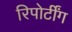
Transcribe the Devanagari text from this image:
रिपोर्टींग